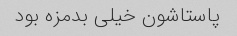
پاستاشون خیلی بدمزه بود